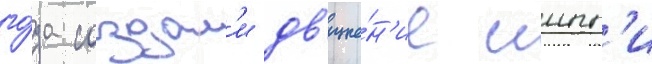
го́да создал'и дв'иже́н'ие иипп'и